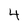
Character: 4